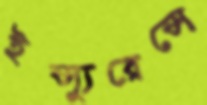
ইন্স্যুরেন্সে